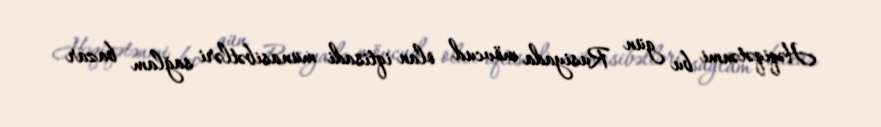
Həqiqətənmi bu gün Rusiyada mövcud olan iqtisadi münasibətləri sağlam bazar